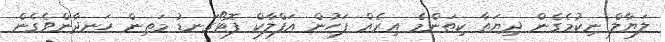
ލަޔާލް ނިކުމެގެން ދިޔަތާ ކިތަންމެ އިރެއް ފަހުން އަފްލާކް ފޮޓޯގަނޑު މަތިން ހަނދާންވެގެން